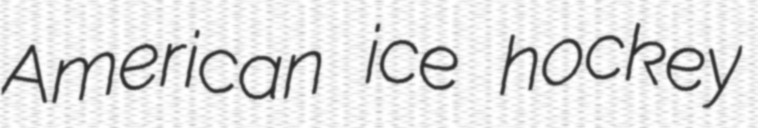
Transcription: American ice hockey